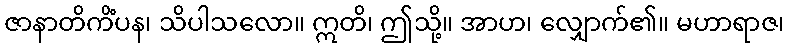
ဇာနာတိကိံပန၊ သိပါသလော။ ဣတိ၊ ဤသို့။ အာဟ၊ လျှောက်၏။ မဟာရာဇ၊